Document type: Dowry acquittance
Year: 1240
Scribe: Pere de Bages
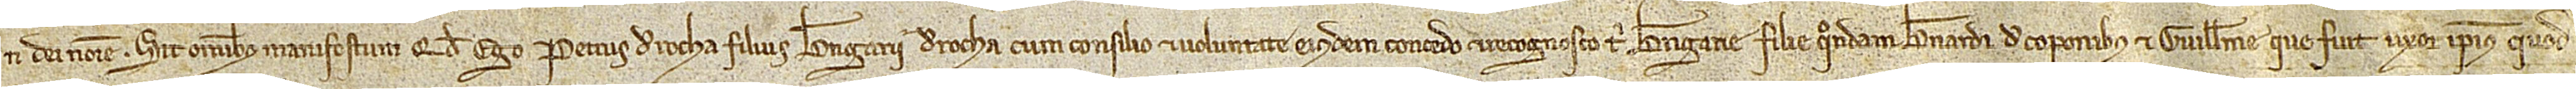
In Dei nomine. Sit omnibus manifestum quod ego Petrus de Rocha, filius Berengarii de Rocha, cum consilio et voluntate eiusdem, concedo et recognosco tibi Berengarie, filie quondam Bernardi de Coponibus et Guillelme, que fuit uxor ipsius, quod